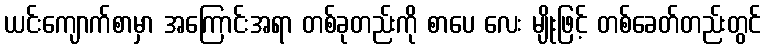
ယင်းကျောက်စာမှာ အကြောင်းအရာ တစ်ခုတည်းကို စာပေ လေး မျိုးဖြင့် တစ်ခေတ်တည်းတွင်